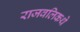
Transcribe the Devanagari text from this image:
राजवलिकथे